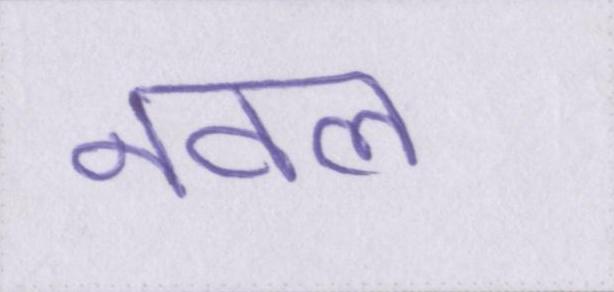
नवल